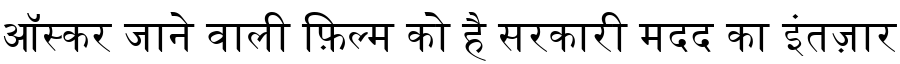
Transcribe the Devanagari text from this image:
ऑस्कर जाने वाली फ़िल्म को है सरकारी मदद का इंतज़ार